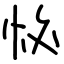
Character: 怭